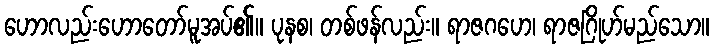
ဟောလည်းဟောတော်မူအပ်၏။ ပုနစ၊ တစ်ဖန်လည်း။ ရာဇဂဟေ၊ ရာဇဂြိုဟ်မည်သော။